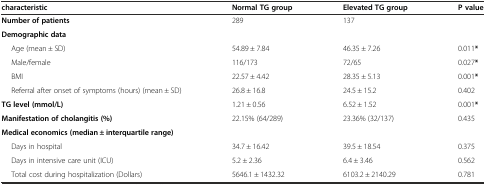
| characteristic | Normal TG group | Elevated TG group | P value |
 | --- | --- | --- | --- |
 | Number of patients | 289 | 137 |  |
 | Demographic data |  |  |  |
 | Age (mean ± SD) | 54.89 ± 7.84 | 46.35 ± 7.26 | 0.011* |
 | Male/female | 116/173 | 72/65 | 0.027* |
 | BMI | 22.57 ± 4.42 | 28.35 ± 5.13 | 0.001* |
 | Referral after onset of symptoms (hours) (mean ± SD) | 26.8 ± 16.8 | 24.5 ± 15.2 | 0.402 |
 | TG level (mmol/L) | 1.21 ± 0.56 | 6.52 ± 1.52 | 0.001* |
 | Manifestation of cholangitis (%) | 22.15% (64/289) | 23.36% (32/137) | 0.435 |
 | <COLSPAN=2> Medical economics (median ± interquartile range) |  |  |
 | Days in hospital | 34.7 ± 16.42 | 39.5 ± 18.54 | 0.375 |
 | Days in intensive care unit (ICU) | 5.2 ± 2.36 | 6.4 ± 3.46 | 0.562 |
 | Total cost during hospitalization (Dollars) | 5646.1 ± 1432.32 | 6103.2 ± 2140.29 | 0.781 |